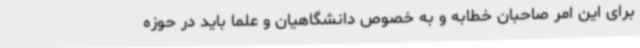
برای این امر صاحبان خطابه و به خصوص دانشگاهیان و علما باید در حوزه